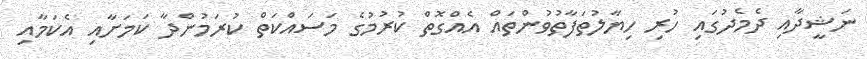
ނަޝީދާއި ދެމެދުގައި ހުރި ހިޔާލުތަފާތުވުންތައް އެއްގޮތް ކުރުމުގެ މަސައްކަތް ކުރަމުންދާ ކަމަށާއި އެކަމާއި